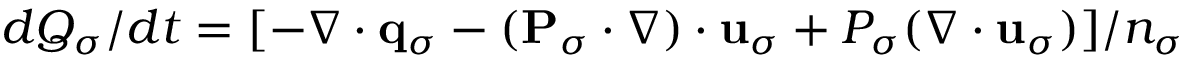
d { \cal Q } _ { \sigma } / d t = [ - \nabla \cdot { \bf q } _ { \sigma } - ( { \bf P } _ { \sigma } \cdot \nabla ) \cdot { \bf u } _ { \sigma } + { \cal P } _ { \sigma } ( \nabla \cdot { \bf u } _ { \sigma } ) ] / n _ { \sigma }